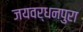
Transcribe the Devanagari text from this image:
जयवर्धनपुरा